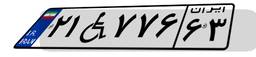
۲۱W۷۷۶۶۳